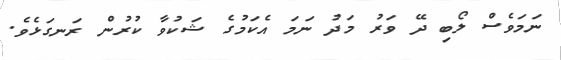
ނަމަވެސް ލޯބި ދޭ ވަރު މަދު ނަމަ އެކަމުގެ ޝަކުވާ ކުރުން ރަނގަޅެވެ.